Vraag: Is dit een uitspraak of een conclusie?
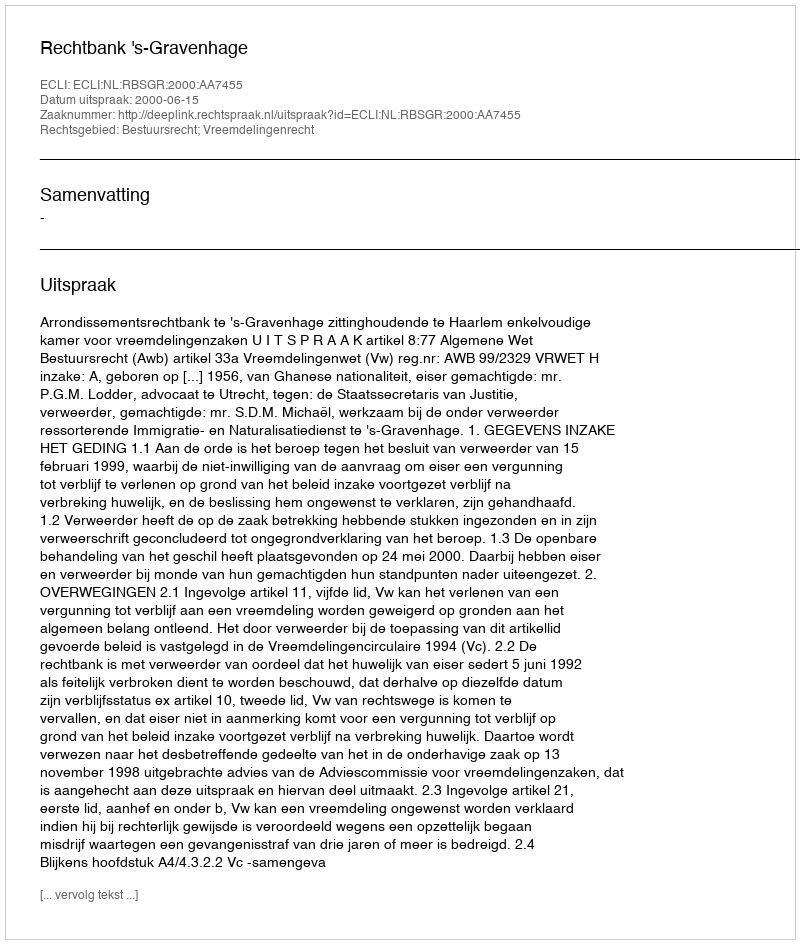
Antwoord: Uitspraak